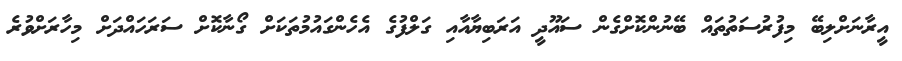
އީރާނަށްލިބޭ މިފުރުސަތުތައް ބޭނުންކޮށްގެން ސައޫދީ އަރަބިޔާއާއި ގަލްފުގެ އެހެންގައުމުތަކަށް ގޯނާކޮށް ސަރަހައްދަށް މިހާރަށްވުރެ